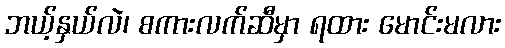
ဘယ့်နှယ်လဲ၊ စကားလက်ဆီမှာ ရထား မောင်းမလား